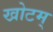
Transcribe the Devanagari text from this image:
खोटम्